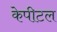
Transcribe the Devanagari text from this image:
केपीटल